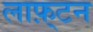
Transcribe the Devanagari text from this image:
लाफ़्टन